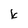
Character: k